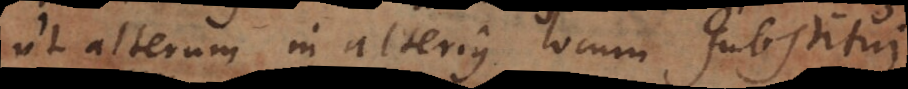
ut alterum in alterius locum substitui